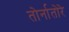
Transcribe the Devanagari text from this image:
तोर्नातोरे